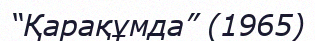
“Қарақұмда” (1965)